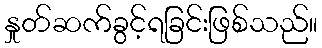
နှုတ်ဆက်ခွင့်ရခြင်းဖြစ်သည်။